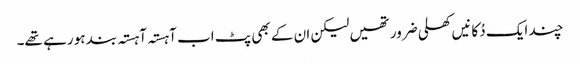
چند ایک دُکانیں کھلی ضرور تھیں لیکن ان کے بھی پٹ اب آہستہ آہستہ بند ہو رہے تھے۔